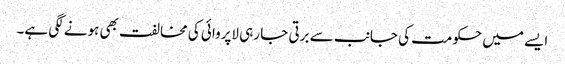
ایسے میں حکومت کی جانب سے برتی جا رہی لاپروائی کی مخالفت بھی ہونے لگی ہے۔